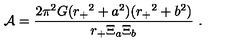
{ \cal A } = { \frac { 2 \pi ^ { 2 } G ( { r _ { + } } ^ { 2 } + a ^ { 2 } ) ( { r _ { + } } ^ { 2 } + b ^ { 2 } ) } { { r _ { + } } \Xi _ { a } \Xi _ { b } } } \ .